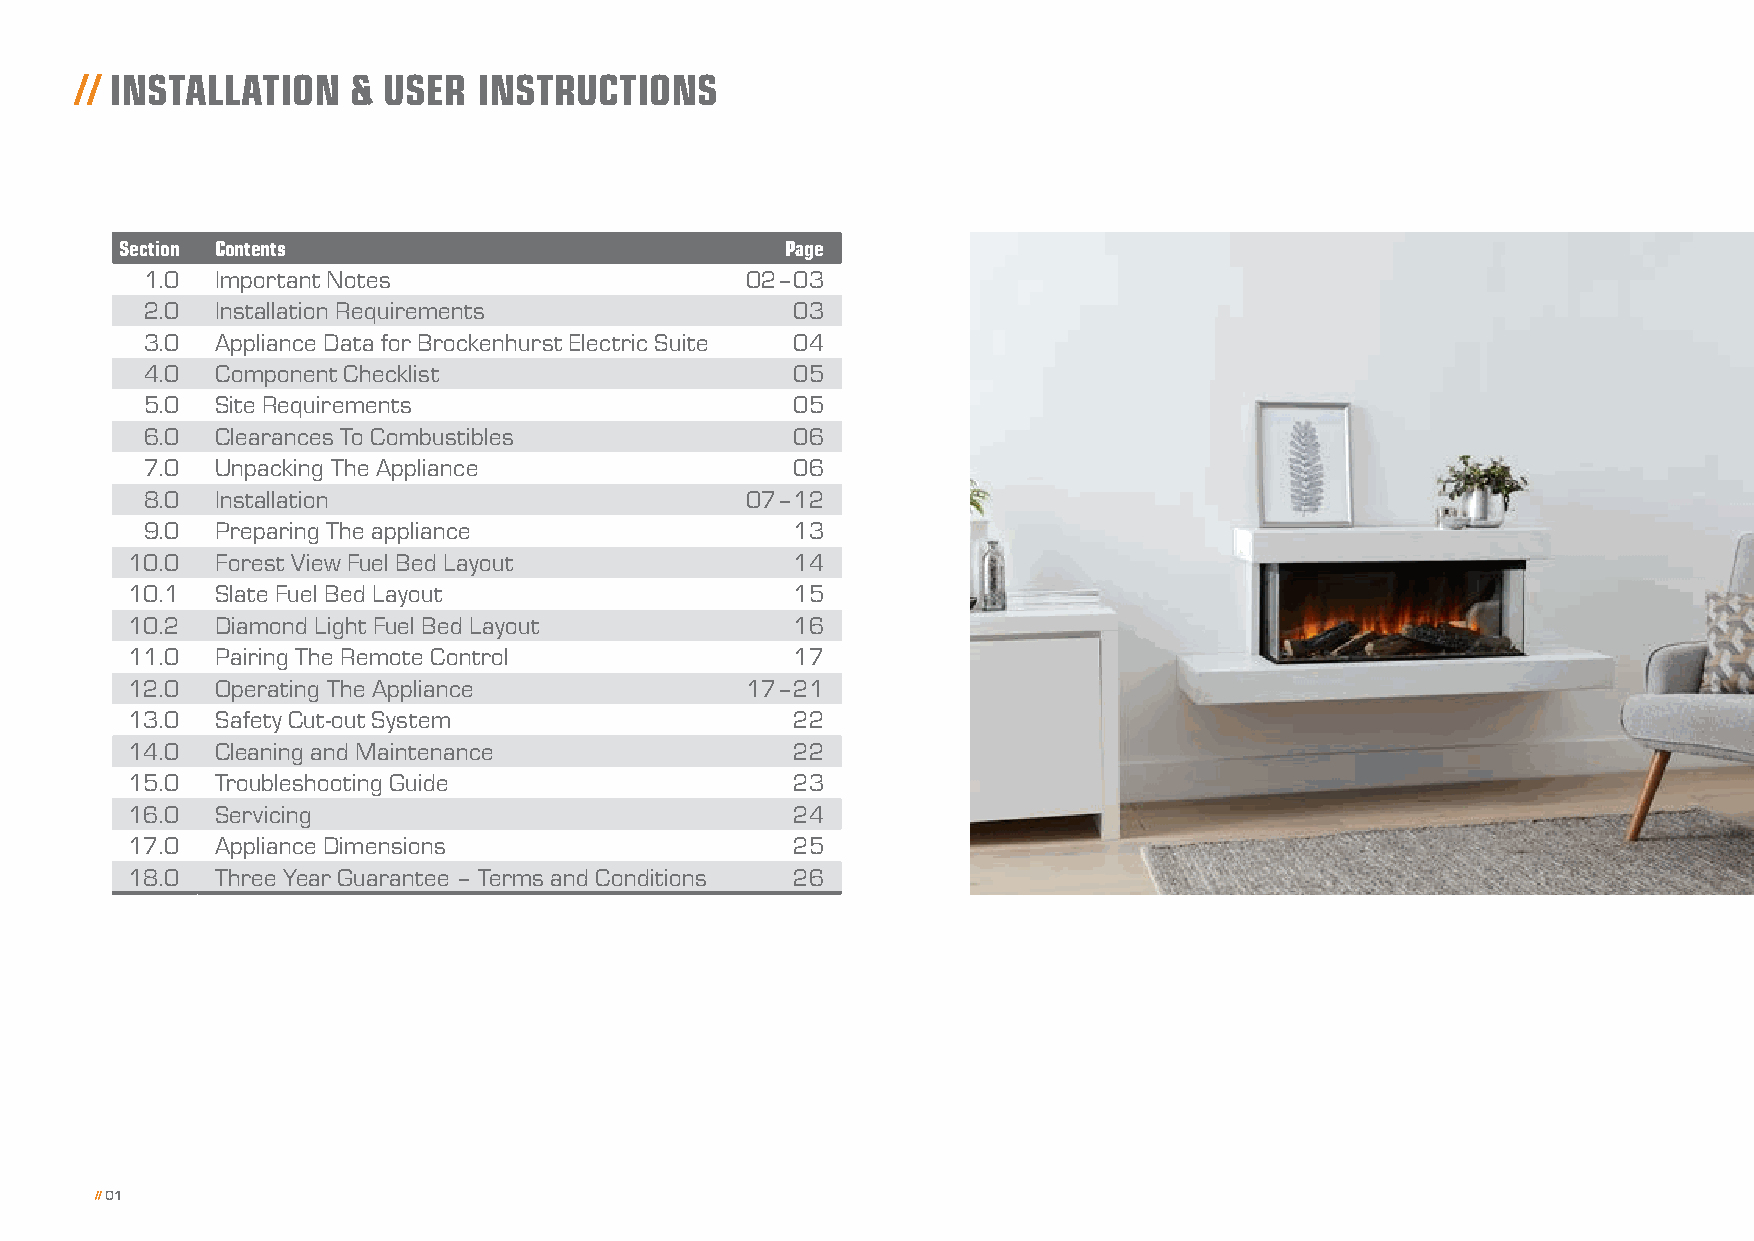
// INSTALLATION   & USER   INSTRUCTIONS
 Section Contents                            Page
 1.0 Important Notes                    02–03
 2.0 Installation Requirements              03
 3.0 Appliance Data for Brockenhurst Electric Suite 04
 4.0 Component Checklist                    05
 5.0 Site Requirements                      05
 6.0 Clearances To Combustibles             06
 7.0 Unpacking The Appliance                06
 8.0 Installation                       07–12
 9.0 Preparing The appliance                13
 10.0  Forest View Fuel Bed Layout            14
 10.1  Slate Fuel Bed Layout                  15
 10.2  Diamond Light Fuel Bed Layout          16
 11.0  Pairing The Remote Control             17
 12.0  Operating The Appliance            17–21
 13.0  Safety Cut-out System                  22
 14.0  Cleaning and Maintenance               22
 15.0  Troubleshooting Guide                  23
 16.0  Servicing                              24
 17.0  Appliance Dimensions                   25
 18.0  Three Year Guarantee – Terms and Conditions 26
 // 01